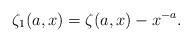
LaTeX: \begin{align*}\zeta_1(a,x)=\zeta(a,x)-x^{-a}.\end{align*}